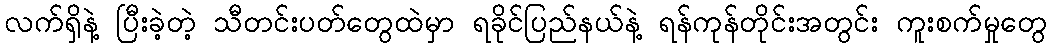
လက်ရှိနဲ့ ပြီးခဲ့တဲ့ သီတင်းပတ်တွေထဲမှာ ရခိုင်ပြည်နယ်နဲ့ ရန်ကုန်တိုင်းအတွင်း ကူးစက်မှုတွေ